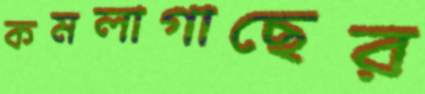
কমলাগাছের